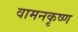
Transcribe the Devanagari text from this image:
वामनकृष्ण